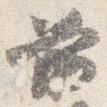
前